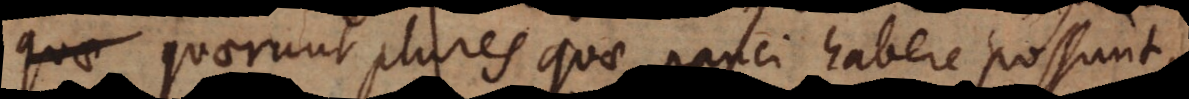
parat. Quaerunt plures quae pauci habere possunt,